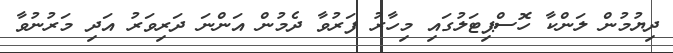
ދިޔުމުން ލަންކާ ހޮސްޕިޓަލުގައި މިހާރު ފަރުވާ ދެމުން އަންނަ ދަރިވަރު އަދި މަރުނުވާ